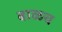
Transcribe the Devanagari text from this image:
बाळच